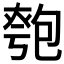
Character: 𠣻